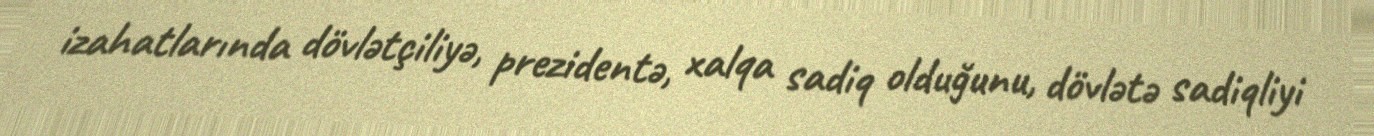
izahatlarında dövlətçiliyə, prezidentə, xalqa sadiq olduğunu, dövlətə sadiqliyi